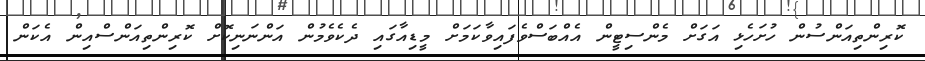
ކޮރިންތިއަންސުން ހުށަހެޅި އަގަށް މެންސިޓީން އެއްބަސްވެފައިވާކަމަށް މީޑިއާގައި ދެކެވެމުން އަންނަނިކޮށް ކޮރިންތިއަންސްއިން އެކަން